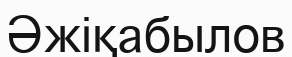
Әжіқабылов